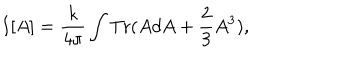
I [ A ] = \frac { k } { 4 \pi } \int \mathrm { T r } ( A d A + \frac { 2 } { 3 } A ^ { 3 } ) ,